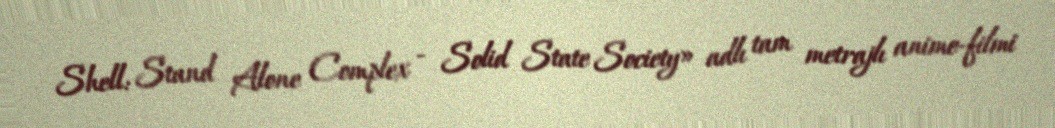
Shell: Stand Alone Complex - Solid State Society» adlı tam metrajlı anime-filmi